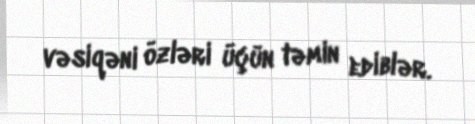
vəsiqəni özləri üçün təmin ediblər.